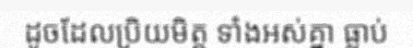
ដូចដែលប្រិយមិត្ត ទាំងអស់គ្នា ធ្លាប់